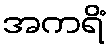
အကရိံ